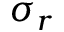
\sigma _ { r }